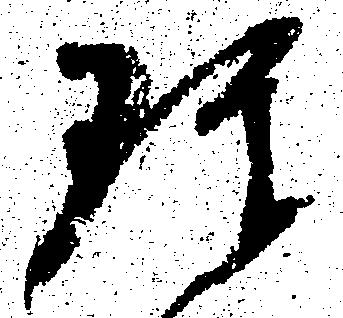
珍